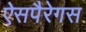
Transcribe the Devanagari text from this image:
ऐसपैरेगस